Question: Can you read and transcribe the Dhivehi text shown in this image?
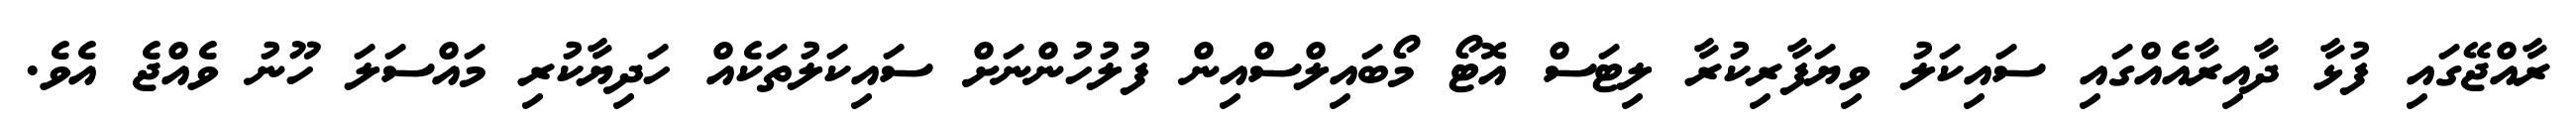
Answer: ރާއްޖޭގައި ފުޅާ ދާއިރާއެއްގައި ސައިކަލު ވިޔަފާރިކުރާ ލިޓަސް އޮޓޯ މޯބައިލްސްއިން ފުލުހުންނަށް ސައިކަލުތަކެއް ހަދިޔާކުރި މައްސަލަ ހޫނު ވެއްޖެ އެވެ.